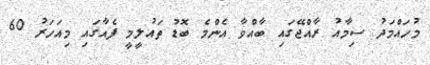
މުހައްމަދު ސިމާއު ރާއްޖޭގައި ބާއްވާ އެންމެ ބޮޑު ތައުލީމީ ފެއާގައި މިއަހަރު 60